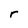
Character: r